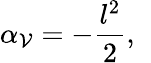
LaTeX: \alpha_{\mathcal{V}}=-\frac{{l^{2}}}{{2}},\; \;